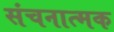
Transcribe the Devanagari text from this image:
संचनात्‍मक